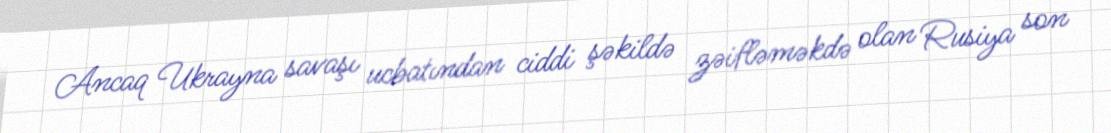
Ancaq Ukrayna savaşı ucbatından ciddi şəkildə zəifləməkdə olan Rusiya son